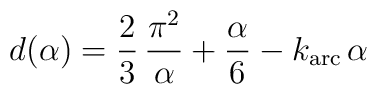
d(\alpha)=\frac{2}{3}\,\frac{\pi^2}{\alpha}+\frac{\alpha}{6}-k_{{\rm arc}}\,\alpha